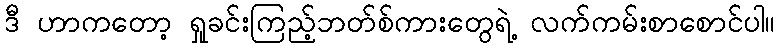
ဒီ ဟာကတော့ ရှုခင်းကြည့်ဘတ်စ်ကားတွေရဲ့ လက်ကမ်းစာစောင်ပါ။